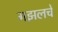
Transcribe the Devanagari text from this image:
गझलचे